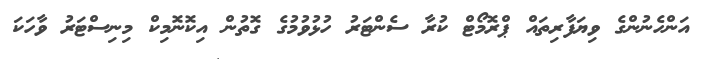
އަންހެނުންގެ ވިޔަފާރިތައް ޕްރޮމޯޓް ކުރާ ސެންޓަރު ހުޅުވުމުގެ ގޮތުން އިކޮނޮމިކް މިނިސްޓަރު ވާހަކަ